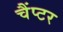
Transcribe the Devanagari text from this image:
चैंप्टर